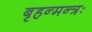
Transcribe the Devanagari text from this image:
बृहन्मन्त्रः